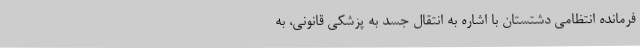
فرمانده انتظامی دشتستان با اشاره به انتقال جسد به پزشکی قانونی، به